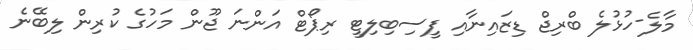
މާލެ-ހުޅުލެ ބްރިޖް ޑިޒައިނާއި ފީސިބިލިޓީ ރިޕޯޓް އަންނަ ޖޫން މަހުގެ ކުރިން ލިބޭނެ